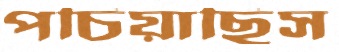
পচিয়াছিস